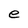
Character: e